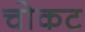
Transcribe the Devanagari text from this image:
चोकट